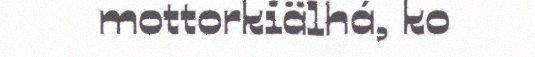
mottorkiälhá, ko